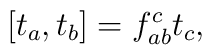
[t_{a},t_{b}]=f_{ab}^{c}t_{c},